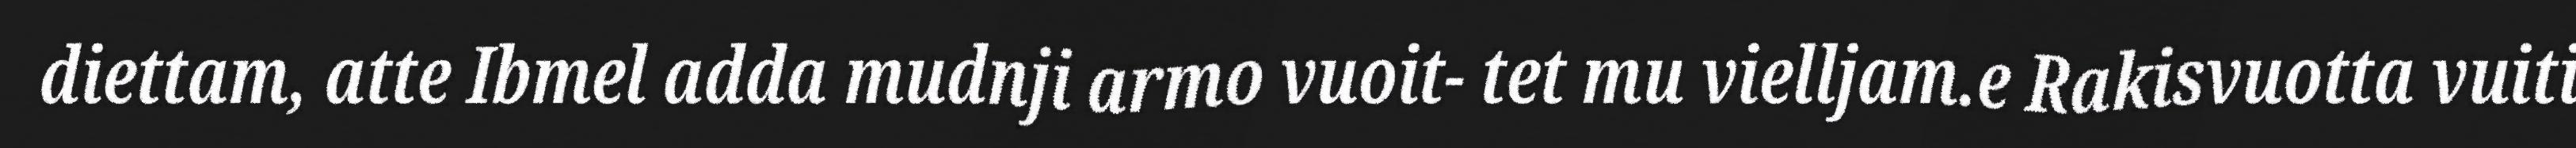
diettam, atte Ibmel adda mudnji armo vuoit- tet mu vielljam.e Rakisvuotta vuiti